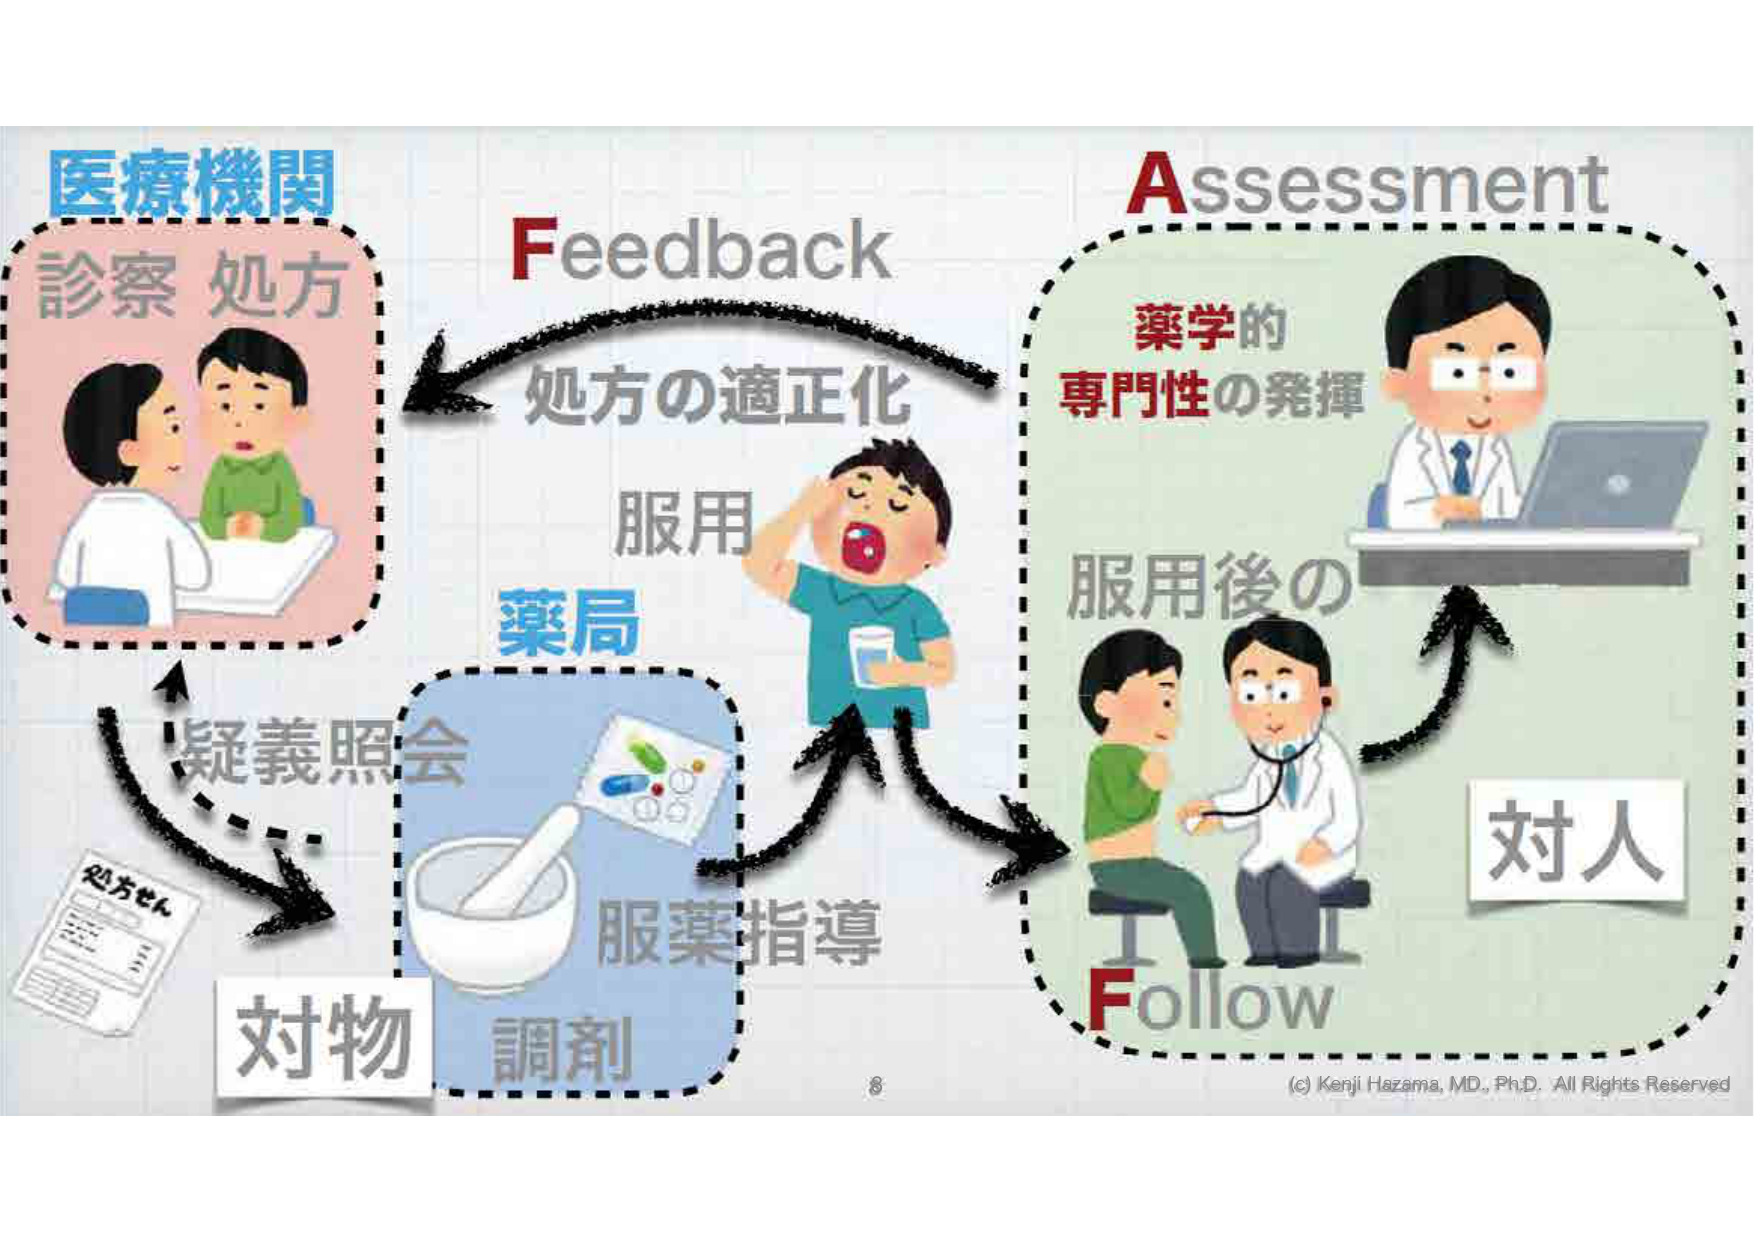
医療機関
診察 処方
Feedback
処方の適正化
服用
薬局
疑義照会
対物
処方せん
調剤
服薬指導
Assessment
薬学的
専門性の発揮
服用後の
対人
Follow
(c) Kenji Hazama, MD., Ph.D. All Rights Reserved
8